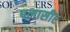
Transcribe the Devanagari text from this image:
पलासीर